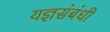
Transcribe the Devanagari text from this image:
यज्ञसंबंधी